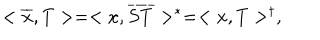
< \overline { { { x } } } , T > = < x , \overline { { { S T } } } > ^ { * } = < x , T > ^ { \dagger } ,